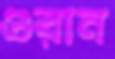
ওরান